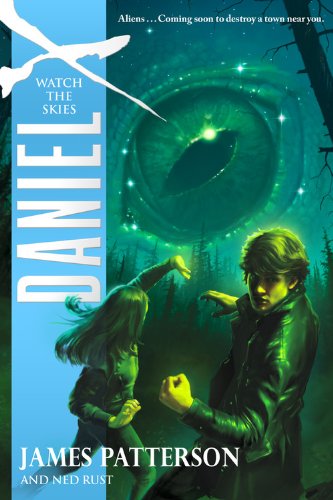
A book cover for Daniel X: Watch the Skies; James Patterson; Literature & Fiction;